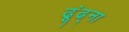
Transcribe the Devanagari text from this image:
ढूंढ्ना